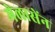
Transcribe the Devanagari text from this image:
मेलासेंन